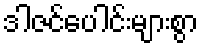
ဒါဇင်ပေါင်းများစွာ